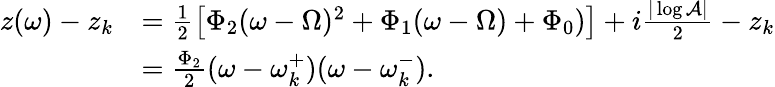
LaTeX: \begin{array}{rl}{z(\omega)-z_{k}}&{=\frac{1}{2}\left[\Phi_{2}(\omega-\Omega)^{2}+\Phi_{1}(\omega-\Omega)+\Phi_{0})\right]+i\frac{|\log\mathcal{A}|}{2}-z_{k}}\\ &{=\frac{\Phi_{2}}{2}(\omega-\omega_{k}^{+})(\omega-\omega_{k}^{-}).}\end{array}